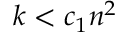
k < c _ { 1 } n ^ { 2 }